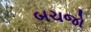
બચજો